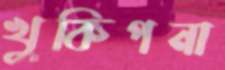
খুকিপনা